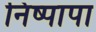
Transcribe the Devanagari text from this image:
निष्पापा